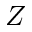
Z